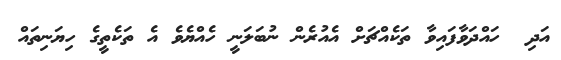
އަދި  ހައްދަވާފައިވާ ތަކެއްޗަށް އެއުރެން ނުބަލަނީ ހެއްޔެވެ އެ ތަކެތީގެ ހިޔަނިތައް